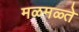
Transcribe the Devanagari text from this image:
मळमळ्ते